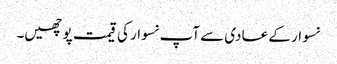
نسوار کے عادی سے آپ نسوار کی قیمت پوچھیں۔